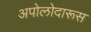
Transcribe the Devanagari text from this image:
अपोलोदारूस